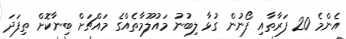
އެންމެ 20 ފަރާތާއި ފޯނުން ގުޅާ ލިބުނު މައުލޫމާތެއްގެ މައްޗަށް ބިނާކޮށް ތިފަދަ